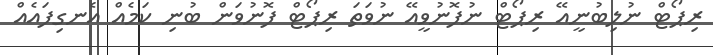
ރިޕޯޓް ނުލިބުނީއޭ ރިޕޯޓް ނުފޮނުވީއޭ ނުވަތަ ރިޕޯޓް ފޮނުވަން ބުނި ކަމެއް އެނގިފައެއް